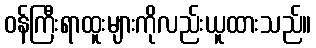
ဝန်ကြီးရာထူးများကိုလည်းယူထားသည်။